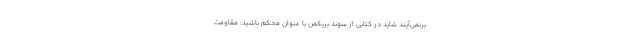
برنمی‌آیند شاید در کتابی از سوند بریکمن با عنوان محکم باشید: مقاومت